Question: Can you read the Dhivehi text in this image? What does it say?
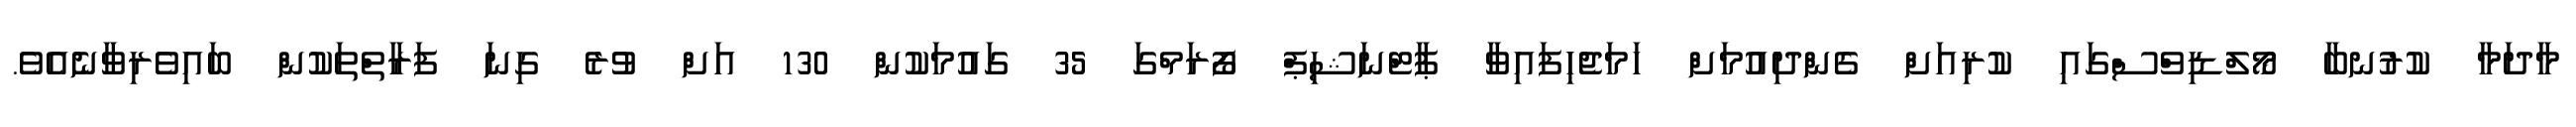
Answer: މާދަމާ ކުރުނބާ މޯލްޑިވްސްގައި ކުރިއަށް ގެންދިއުމަށް ހަމަޖެހިފައިވާ ޕާޓްނަޝިޕް ފޯރަމްގަ 35 ގައުމަކުން 130 އަށް ވުރެ ގިނަ ފަރާތްތަކުން ބައިވެރިވާނެއެވެ.